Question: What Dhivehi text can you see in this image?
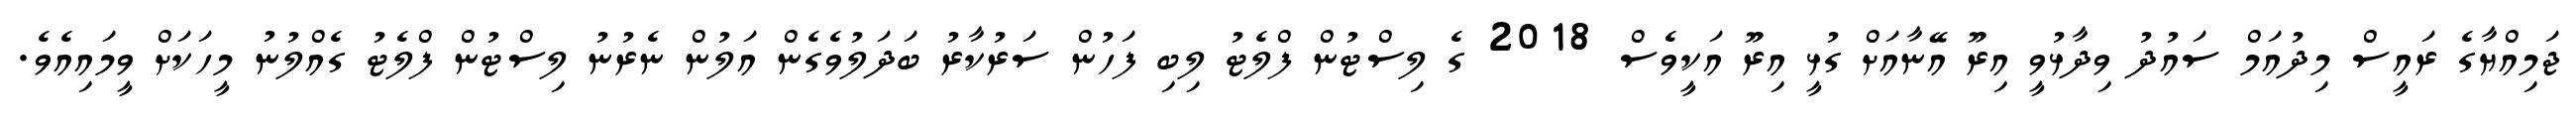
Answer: ޖަމިއްޔާގެ ރައީސް މިދުއަމް ސައުދު ވިދާޅުވީ އިރޫ އޭނާއަށް ގުޅީ އިރޫ އަކީވެސް 2018 ގެ ލިސްޓުން ފްލެޓު ލިބި ފަހުން ސަރުކާރު ބަދަލުވެގެން އަލުން ނެރުނު ލިސްޓުން ފްލެޓު ގެއްލުނު މީހަކަށް ވީމައިއެވެ.